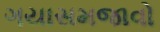
ગયાસમજાવો